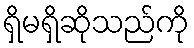
ရှိမရှိဆိုသည်ကို